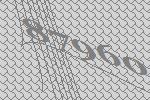
87960